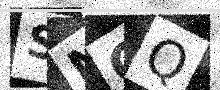
Text: SNCQ